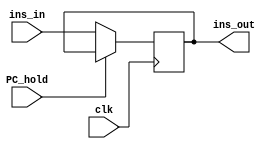
`ifndef _pc
`define _pc
`timescale 1ns / 1ps
//////////////////////////////////////////////////////////////////////////////////
// Company:
// Engineer:
//
// Design Name:
// Module Name:    PC
// Project Name:
// Target Devices:
// Tool versions:
// Description:
//
// Dependencies:
//
// Revision:
// Revision 0.01 - File Created
// Additional Comments:
//
//////////////////////////////////////////////////////////////////////////////////
module PC(clk, ins_in, PC_hold, ins_out);

	input clk;
	input [31:0] ins_in;
	input PC_hold;
	output reg [31:0] ins_out;

	initial begin
		ins_out <= 32'b0;
	end

	always @ (posedge clk) begin
		if (PC_hold == 1'b0) begin
			ins_out <= ins_in;
		end
	end

endmodule
`endif